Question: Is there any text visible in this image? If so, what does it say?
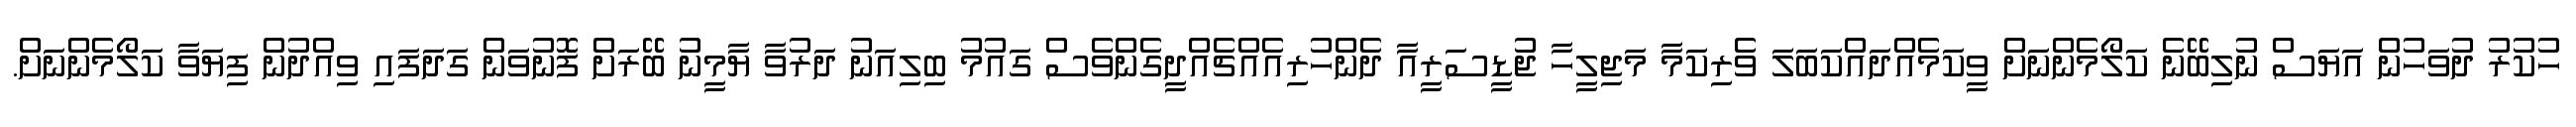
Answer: ހުކުރު ދުވަހުން އަޔަސް ނުލިބޭނެ ކަލޯމެންނަށް ވީކަމެއްދައްކަބަލަ ވެރިކަމާ މަޖިލީހާ ޖުޑީސަރީއާ ދެންހުރިއެއްޗެއްދީގެންވެސް ގައުމު ބިލިއަނު ދަރުވާ ޔާމީނު ބޭރަށް ފޮނުވަން ގަދަފައި ވިއްދުން ފިޔަވާ ކަލޯމެންނަށް.